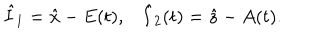
\begin{array} { c c } { { \hat { I } _ { 1 } = \hat { x } - E ( t ) , } } & { { \hat { I } _ { 2 } ( t ) = \hat { z } - A ( t ) . } } \\ \end{array}